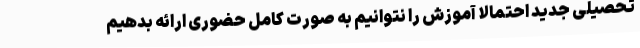
تحصیلی جدید احتمالا آموزش را نتوانیم به صورت کامل حضوری ارائه بدهیم